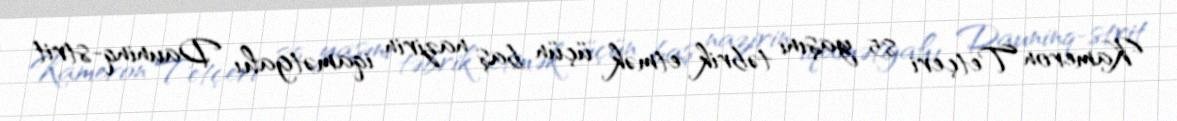
Kameron Tetçeri 85 yaşını təbrik etmək üçün baş nazirin iqamətgahı Dauninq-strit